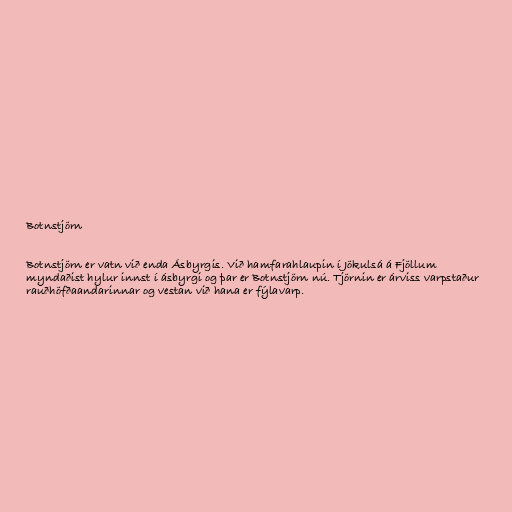
Botnstjörn

Botnstjörn er vatn við enda Ásbyrgis. Við hamfarahlaupin í Jökulsá á Fjöllum
myndaðist hylur innst í ásbyrgi og þar er Botnstjörn nú. Tjörnin er árviss varpstaður
rauðhöfðaandarinnar og vestan við hana er fýlavarp.